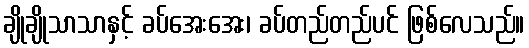
ချိုချိုသာသာနှင့် ခပ်အေးအေး၊ ခပ်တည်တည်ပင် ဖြစ်လေသည်။